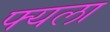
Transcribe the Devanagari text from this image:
फ्यला